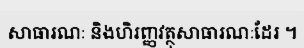
សាធារណៈ និងហិរញ្ញវត្ថុសាធារណៈដែរ ។